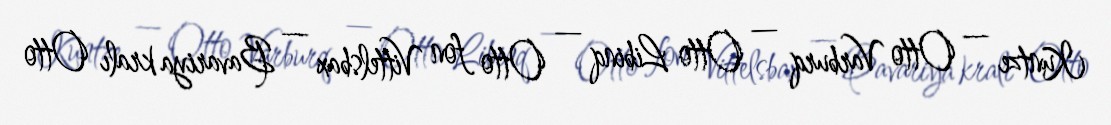
Kuntze — Otto Varburq — Otto Libinq — Otto fon Vittelsbax — Bavariya kralı Otto